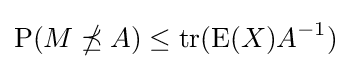
\operatorname {P} (M\npreceq A)\leq \operatorname {tr} (\operatorname {E} (X)A^{-1})